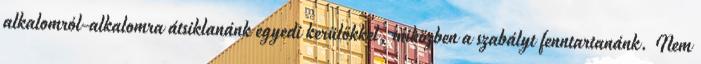
alkalomról-alkalomra átsiklanánk egyedi kerülőkkel, miközben a szabályt fenntartanánk. Nem